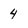
Character: 4